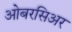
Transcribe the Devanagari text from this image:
ओबरसिअर